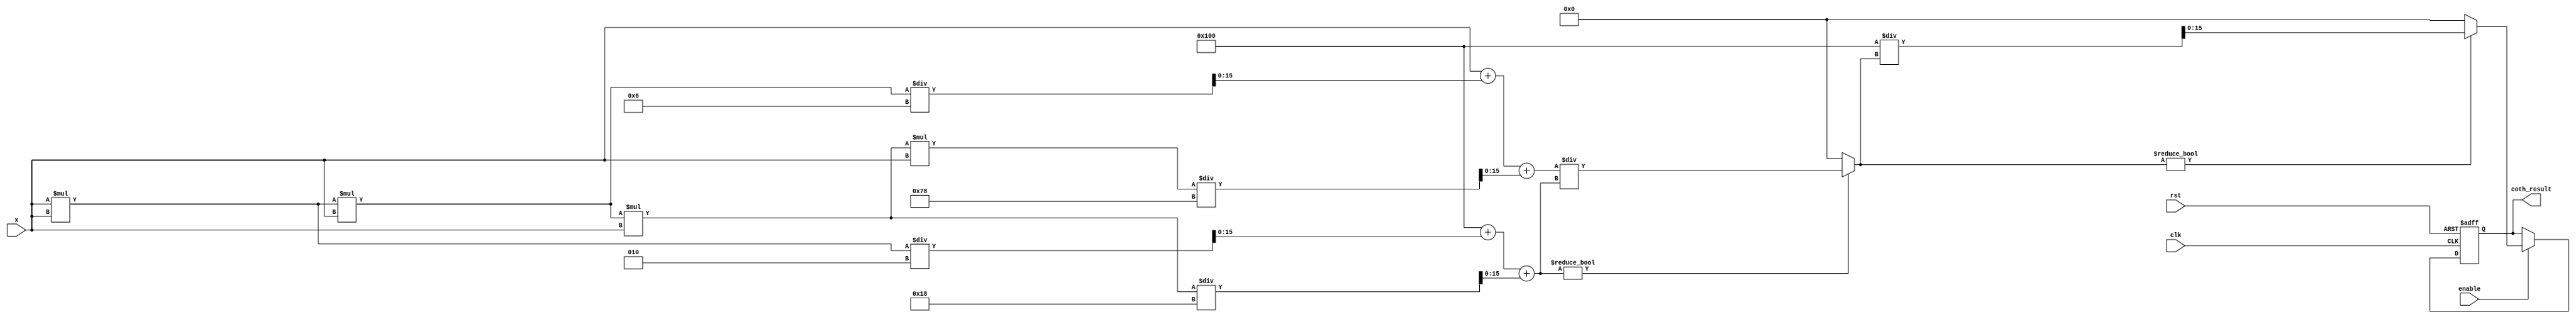
module hyperbolic_coth #(
    parameter WIDTH = 16, // Bit-width for fixed-point representation
    parameter FRAC_BITS = 8 // Number of fractional bits
)(
    input wire clk,
    input wire rst,
    input wire enable,
    input wire signed [WIDTH-1:0] x, // Input in fixed-point format
    output reg signed [WIDTH-1:0] coth_result // Output in fixed-point format
);

    // Internal signals
    wire signed [WIDTH-1:0] sinh_x;
    wire signed [WIDTH-1:0] cosh_x;
    reg signed [WIDTH-1:0] tanh_x;
    reg signed [WIDTH-1:0] temp_result;

    // Function to compute sinh(x) using Taylor series
    function signed [WIDTH-1:0] sinh;
        input signed [WIDTH-1:0] x;
        begin
            // Taylor series expansion: sinh(x) = x + x^3/3! + x^5/5! + ...
            sinh = x + (x * x * x) / 6 + (x * x * x * x * x) / 120; // Up to x^5
        end
    endfunction

    // Function to compute cosh(x) using Taylor series
    function signed [WIDTH-1:0] cosh;
        input signed [WIDTH-1:0] x;
        begin
            // Taylor series expansion: cosh(x) = 1 + x^2/2! + x^4/4! + ...
            cosh = (1 << FRAC_BITS) + (x * x) / 2 + (x * x * x * x) / 24; // Up to x^4
        end
    endfunction

    // Compute tanh(x) = sinh(x) / cosh(x)
    always @(*) begin
        sinh_x = sinh(x);
        cosh_x = cosh(x);
        if (cosh_x != 0) begin
            tanh_x = sinh_x / cosh_x; // Avoid division by zero
        end else begin
            tanh_x = 0; // Handle edge case
        end
    end

    // Compute coth(x) = 1 / tanh(x)
    always @(posedge clk or posedge rst) begin
        if (rst) begin
            coth_result <= 0;
        end else if (enable) begin
            if (tanh_x != 0) begin
                temp_result = (1 << FRAC_BITS) / tanh_x; // Fixed-point division
            end else begin
                temp_result = 0; // Handle edge case
            end
            coth_result <= temp_result;
        end
    end

endmodule